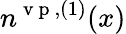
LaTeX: n^{\mathrm{~v~p~},(1)}(x)